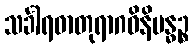
သင်္ခါရဓာတုရာဂဝိနိဗန္ဓဉ္စ